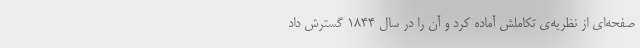
صفحه‌ای از نظریه‌ی تکاملش آماده کرد و آن را در سال ۱۸۴۴ گسترش داد